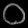
Digit: ၀